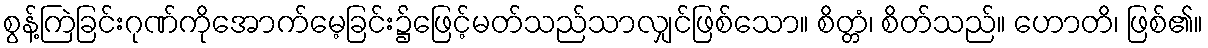
စွန့်ကြဲခြင်းဂုဏ်ကိုအောက်မေ့ခြင်း၌ဖြေင့်မတ်သည်သာလျှင်ဖြစ်သော။ စိတ္တံ၊ စိတ်သည်။ ဟောတိ၊ ဖြစ်၏။